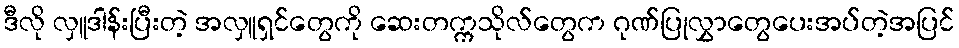
ဒီလို လှူဒါန်းပြီးတဲ့ အလှူရှင်တွေကို ဆေးတက္ကသိုလ်တွေက ဂုဏ်ပြုလွှာတွေပေးအပ်တဲ့အပြင်